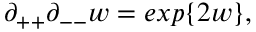
\partial _ { + + } \partial _ { -- } w = e x p \{ 2 w \} ,